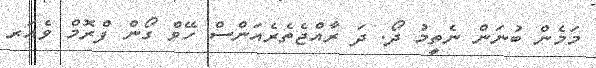
މަމެން ބުނަން ނެތީމު ދޯ. ދަ ރާއްޖެތެރެއަންސް ހޭވް ގޯން ފްރޮމް ވެއަރ